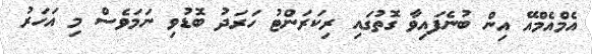
އެމްއެމްއޭ އިން ބުނެފައިވާ ގޮތުގައި ރިކަރަންޓު ހަރަދު ބޮޑުވި ނަމަވެސް މި އަހަރު